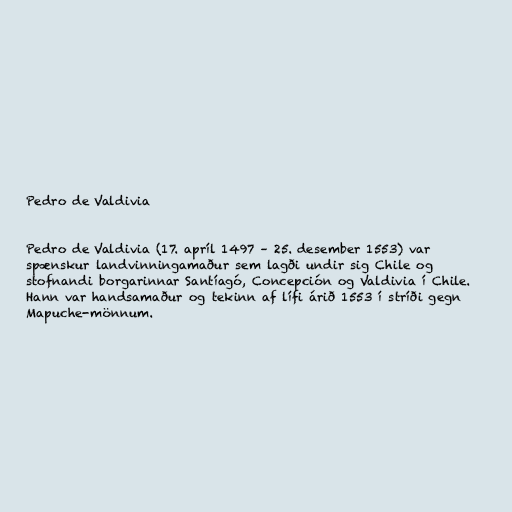
Pedro de Valdivia

Pedro de Valdivia (17. apríl 1497 – 25. desember 1553) var
spænskur landvinningamaður sem lagði undir sig Chile og
stofnandi borgarinnar Santíagó, Concepción og Valdivia í Chile.
Hann var handsamaður og tekinn af lífi árið 1553 í stríði gegn
Mapuche-mönnum.